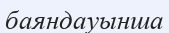
баяндауынша